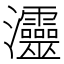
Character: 𤅷